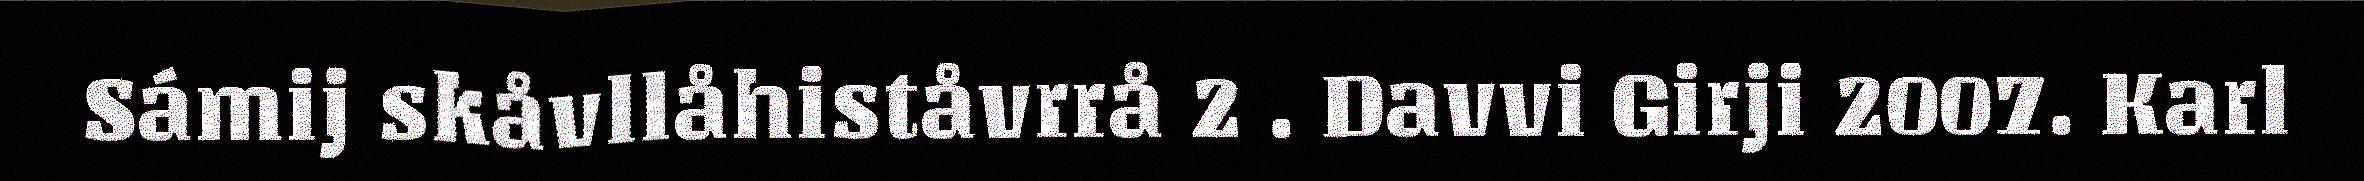
Sámij skåvllåhiståvrrå 2 . Davvi Girji 2007. Karl